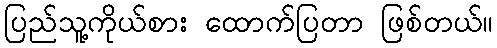
ပြည်သူ့ကိုယ်စား ထောက်ပြတာ ဖြစ်တယ်။